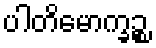
ပါတိမောက္ခဉ္စ